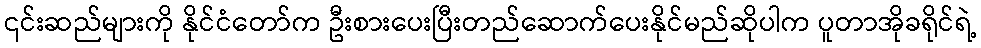
၎င်းဆည်များကို နိုင်ငံတော်က ဦးစားပေးပြီးတည်ဆောက်ပေးနိုင်မည်ဆိုပါက ပူတာအိုခရိုင်ရဲ့